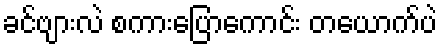
ခင်ဗျားလဲ စကားပြောကောင်း တယောက်ပဲ